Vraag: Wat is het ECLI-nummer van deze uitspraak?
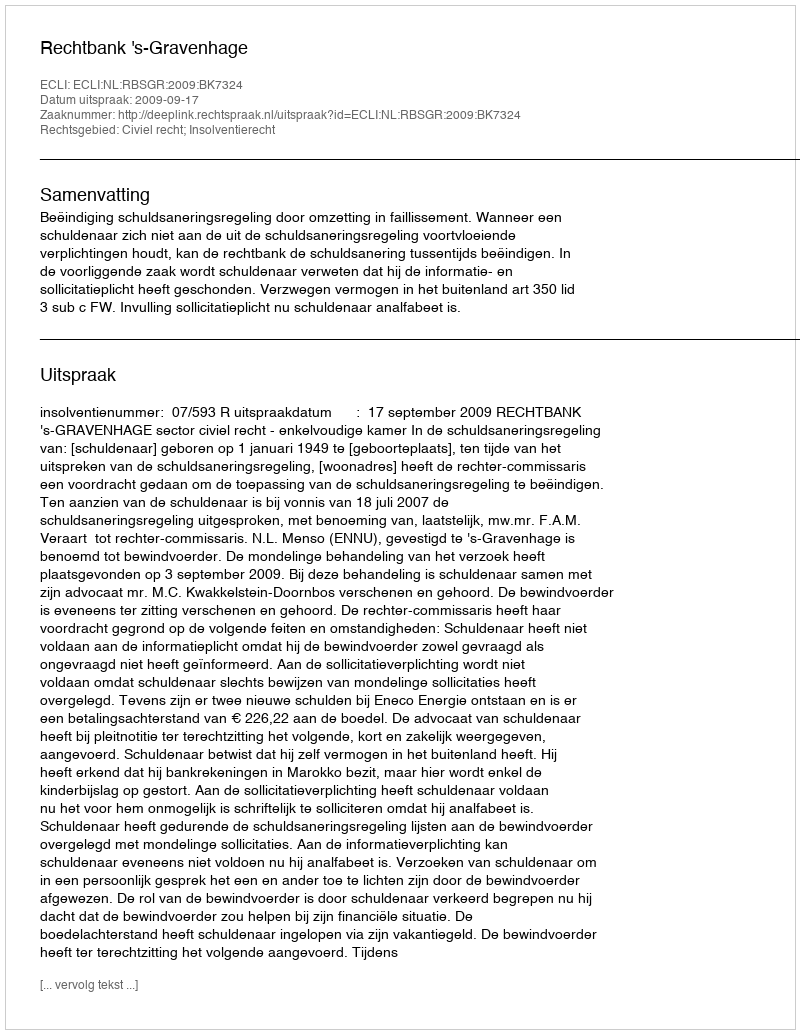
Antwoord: ECLI:NL:RBSGR:2009:BK7324